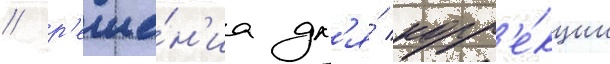
/ р'еше́н'иа дл'я́ корр'е́кции